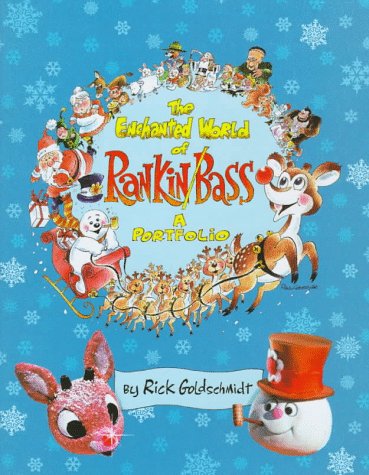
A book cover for The Enchanted World of Rankin/Bass; Rick Goldschmidt; Humor & Entertainment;